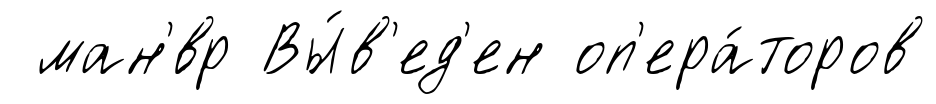
ман'́вр Вы́в'ед'ен оп'ера́торов